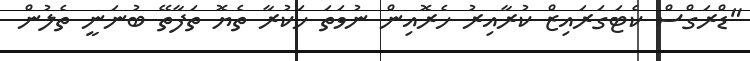
"ޑްރަގްސް ކެޓަގަރައިޒް ކުރާއިރު ހެރޮއިން ނުވަތަ ހަކުރާ ތެޔޮ ތަފާތޭ ބުނަނީ ތެލުން